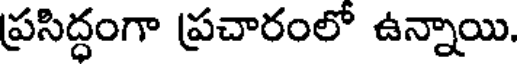
ప్రసిద్ధంగా ప్రచారంలో ఉన్నాయి.